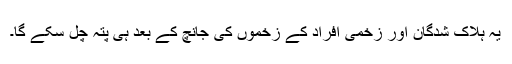
یہ ہلاک شدگان اور زخمی افراد کے زخموں کی جانچ کے بعد ہی پتہ چل سکے گا۔